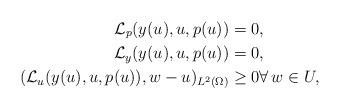
LaTeX: \begin{align*} \mathcal{L}_p(y(u), u, p(u)) &= 0, \\ \mathcal{L}_y(y(u), u, p(u)) &= 0, \\ (\mathcal{L}_u(y(u), u, p(u)), w - u)_{L^2(\Omega)} &\geq 0 \forall \, w \in U_{}, \end{align*}